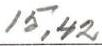
15,42